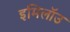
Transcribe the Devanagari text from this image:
इमिलॉउ